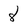
Character: 8